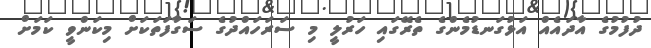
ދުފުމުގެ އާދައެއް އަޅުގަނޑުމެންގެ ތެރޭގައި ހަރުލީ މި ސަރަހައްދުގެ ސަގާފަތަކަށް މިކަންވީ ކަމަށް